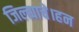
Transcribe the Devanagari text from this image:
जिल्ह्याचे।हन